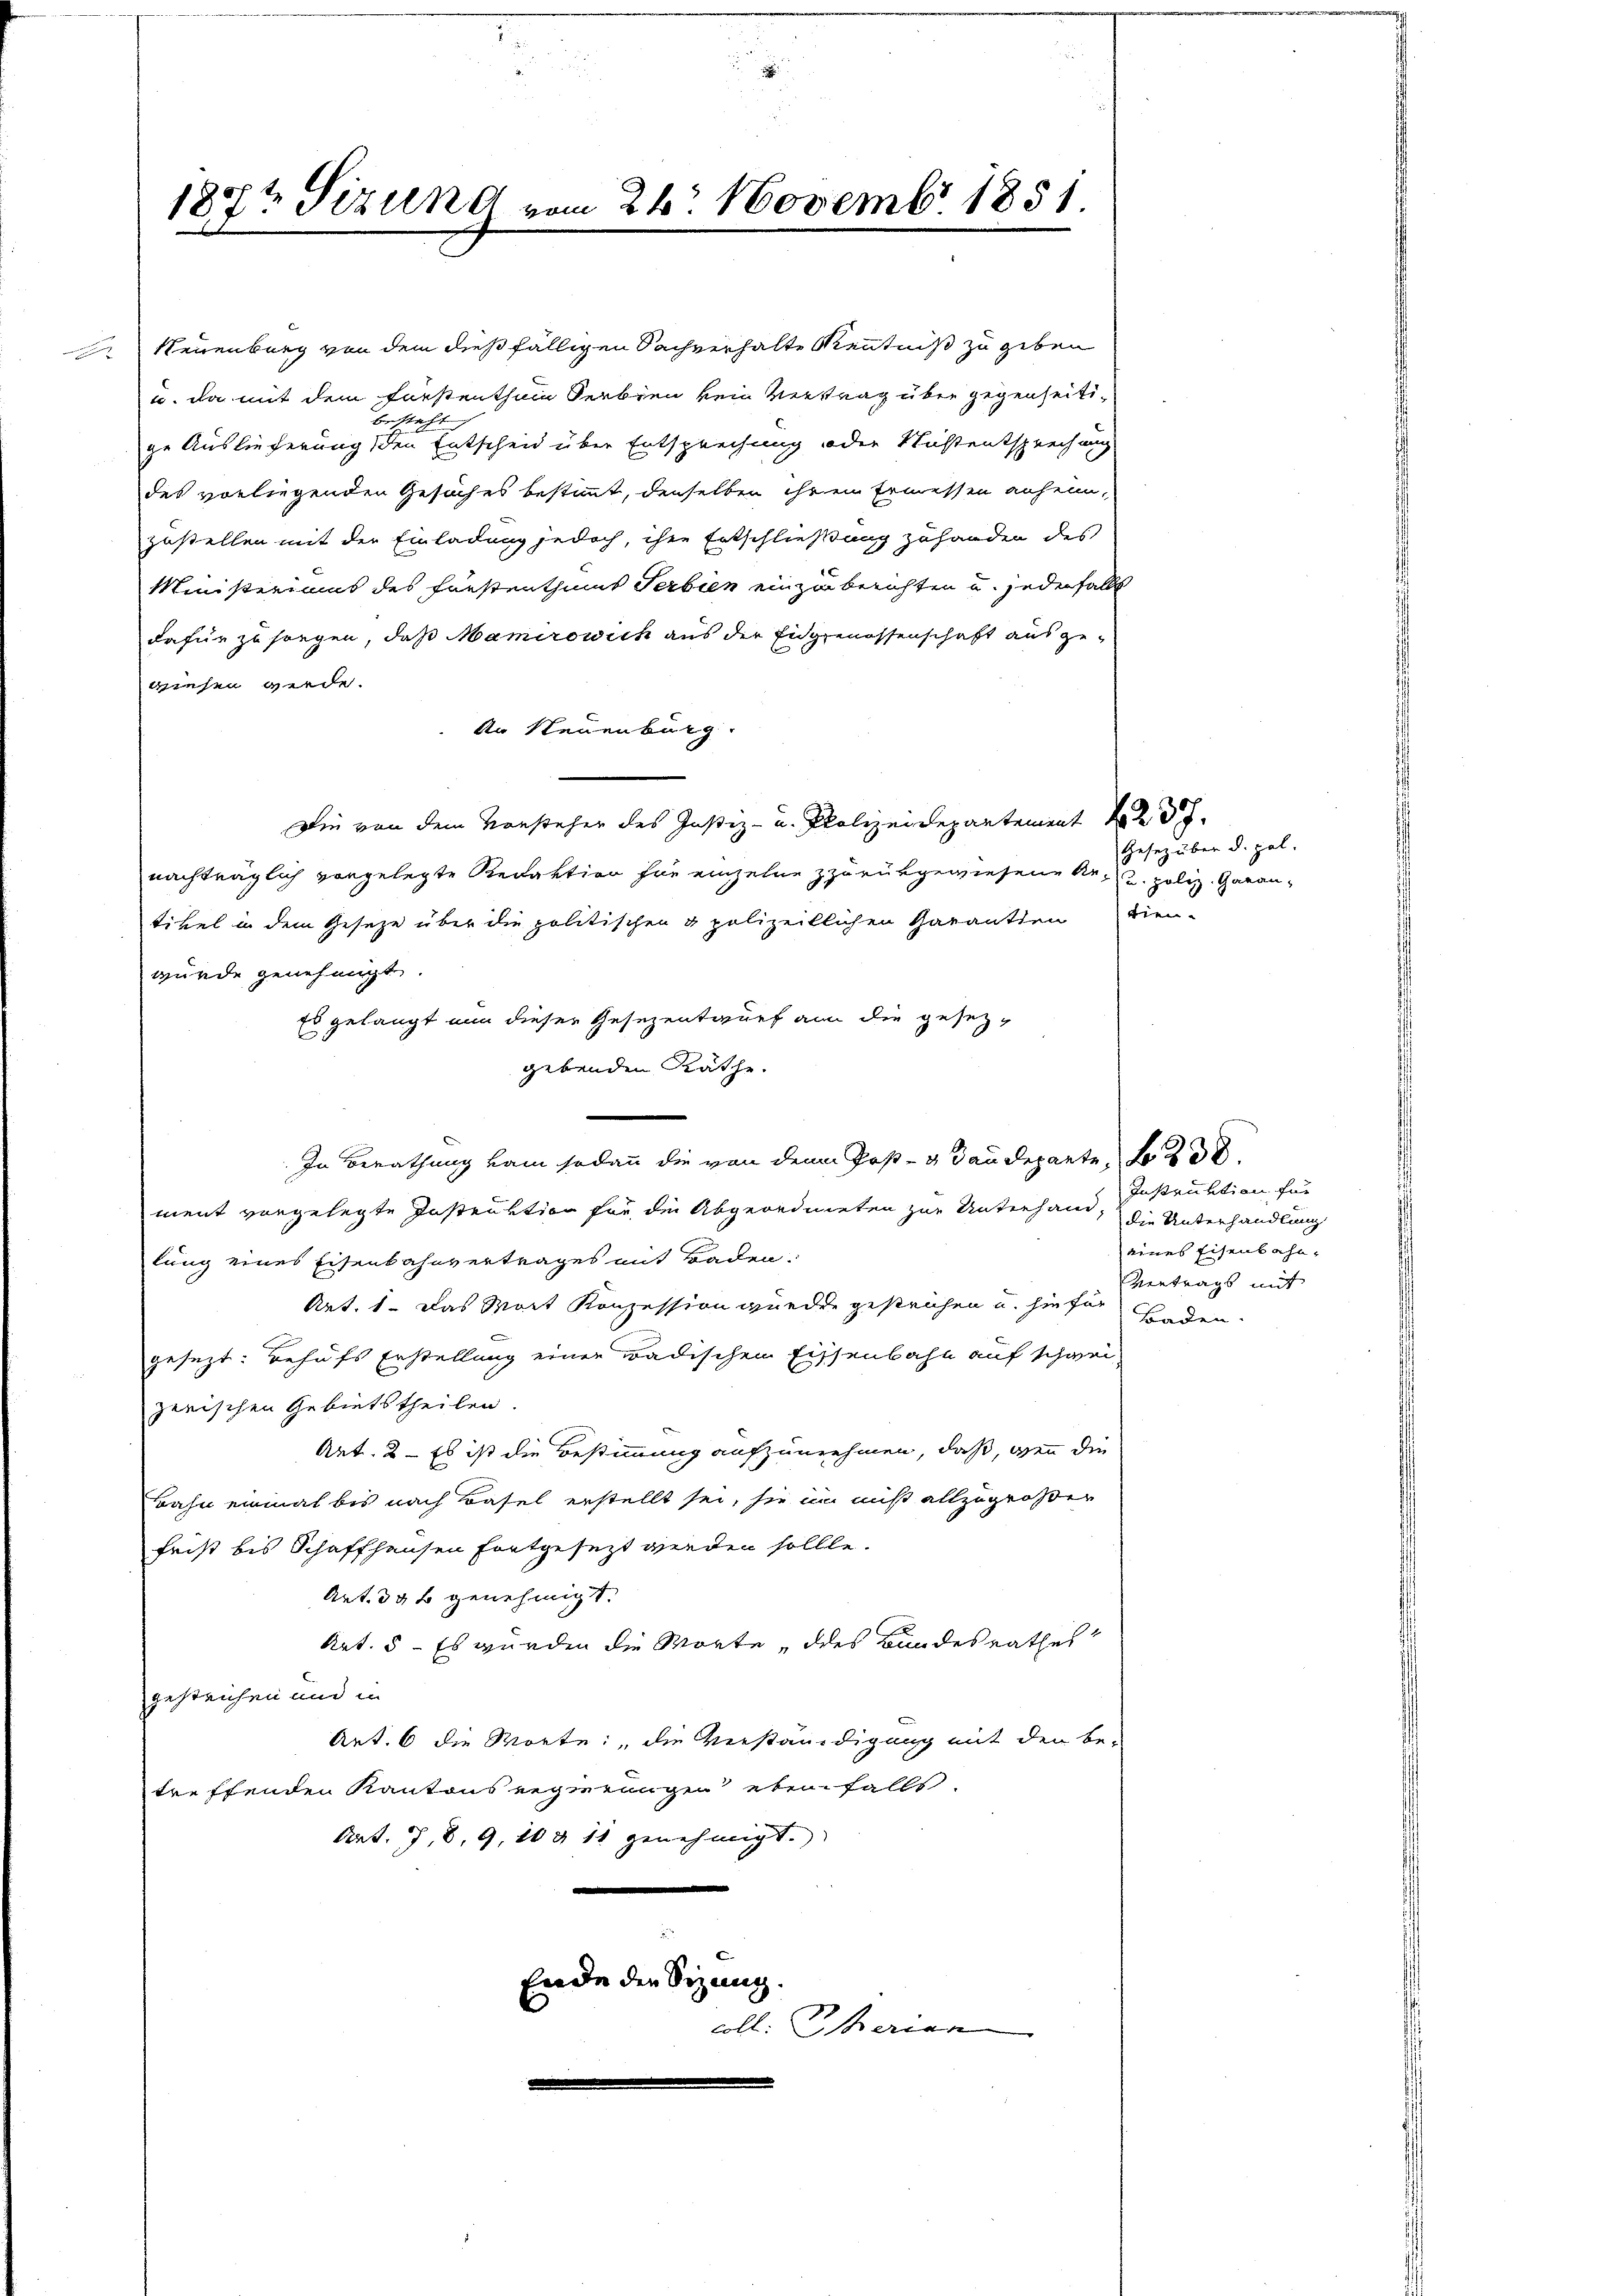
187t Sizung vom 26. Novembr 1851

Neuenburg von dem dießfälligen Sachverhalte Kenntniß zu geben
u. da mit dem Fürstenthum Serbien kein Vertrag über gegenseitibesteht,
ge Auslieferung den Entscheid über Entsprechung oder Nachtentsprechung
des vorliegenden Gesuches bestimmt, denselben ihrem Ermessen anheimzustellen mit der Einladung jedoch, ihre Entschließung zuhanden des
Ministeriums des Fürstenthums Serbien einzuberichten u. jedenfalls
dafür zu sorgen, daß Mamirowich aus der Eidgenossenschaft ausgewiesen werde.
An Neuenburg.
Die von dem Vorsteher des Justiz- u. Polizeidepartement d
nachträglich vorgelegte Redaktion sie einzelne zurückgewiesener u. poliz. Garantikel in dem Geseze über die politischen & polizeitlichen Garantien dien-
wurde genehmigt.
Es gelangt nun dieser Gesezentwurf an die gesetz-
gebenden Räthe.
In Berathung kam sodann die von dem Post- & Gaudeparte, No 238.
ment vorgelegte Instruktion für die Abgeordneten zur Unterhand-
lung eines Eisenbahnvertrages mit Baden.
Art. 1. Das Wort Konzession wurde gestrichen u. hiefür Boden
gesezt: Behufs Erstellung einer Badischen Eissenbahn auf schwei-
zerischen Gebietstheilen.
Art. 2 - Es ist die Bestimmung aufzunehmen, daß, wenn die
Bahn einmal bis nach Basel erstellt sei, sie um nicht allzugroßer
frist bis Schaffhausen fortgesezt werden sollte.
Art. 39 t genehmigt.
Art. 5 - Es wurden die Worte, des Bundesrathes
gestrichen und in
Art. 6 die Worte: die Verständigung mit den be-
treffenden Kantons Regierungen ebenfalls.
Art. 77. 8. 9, 10 & 11 genehmigt.
n
Ende der Sizung
coll. Serien

Gesetz über d. pal.

Instruktion für
die Unterhandlung
eines Eisenbahn¬
Vertrags mit